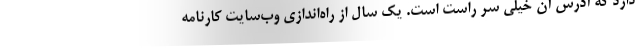
دارد که آدرس آن خیلی سر راست است. یک سال از راه‌اندازی وب‌سایت کارنامه